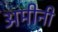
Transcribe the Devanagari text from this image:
अमीनी